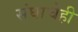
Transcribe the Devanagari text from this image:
संघाचेही